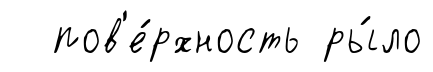
пов'е́рхность ры́ло